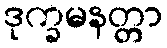
ဒုက္ခမနတ္တာ